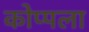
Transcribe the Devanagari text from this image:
कोप्पला